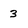
Character: 3